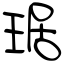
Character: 琚